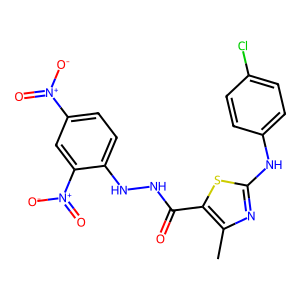
SMILES: Cc1nc(Nc2ccc(Cl)cc2)sc1C(=O)NNc1ccc([N+](=O)[O-])cc1[N+](=O)[O-]
Inhibits HIV replication: No